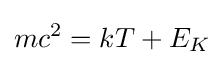
mc^{2}=kT+E_{K}